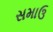
સમાઉ